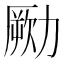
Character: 𠢭